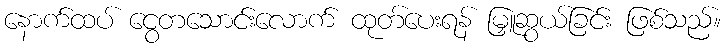
နောက်ထပ် ငွေတသောင်းလောက် ထုတ်ပေးရန် မြှူဆွယ်ခြင်း ဖြစ်သည်။